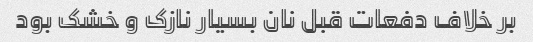
بر خلاف دفعات قبل نان بسیار نازک و خشک بود